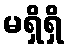
မရှိရှိ